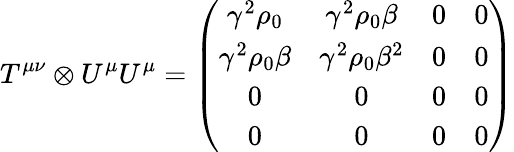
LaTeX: T^{\mu\nu}\otimes U^{\mu}U^{\mu}=\left(\begin{array}{cccc}{\gamma^{2}\rho_{0}}&{\gamma^{2}\rho_{0}\beta}&{0}&{0}\\ {\gamma^{2}\rho_{0}\beta}&{\gamma^{2}\rho_{0}\beta^{2}}&{0}&{0}\\ {0}&{0}&{0}&{0}\\ {0}&{0}&{0}&{0}\end{array}\right)